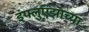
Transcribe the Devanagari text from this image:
इंफ्लुएंझाच्या